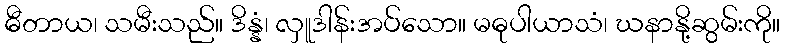
ဓီတာယ၊ သမီးသည်။ ဒိန္နံ၊ လှူဒါန်းအပ်သော။ မဓုပါယာသံ၊ ဃနာနို့ဆွမ်းကို။